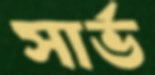
সার্ভ